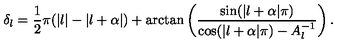
\delta _ { l } = \frac { 1 } { 2 } \pi ( | l | - | l + \alpha | ) + \arctan \left( \frac { \sin ( | l + \alpha | \pi ) } { \cos ( | l + \alpha | \pi ) - A _ { l } ^ { - 1 } } \right) .